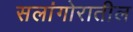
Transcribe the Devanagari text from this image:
सलांगोरातील